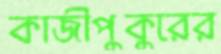
কাজীপুকুরের